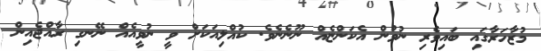
މުޒާހަރާގައި ބައިވެރި ނުވުން އެކަންޏެއް ނޫނެނެވެ. ކުއްލިއަކަށް ވީ ނުވީއެއް ނޭނގި ރާއްޖެއިން